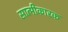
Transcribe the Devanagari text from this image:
सात्मीकारक